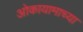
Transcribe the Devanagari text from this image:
ओकायामाच्या